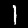
Label: 1